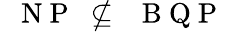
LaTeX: \mathrm{~\textsf~{~N~P~}~}\nsubseteq\mathrm{~\textsf~{~B~Q~P~}~}